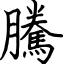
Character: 騰